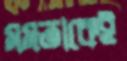
মমতাকেই